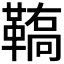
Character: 𩌚